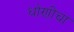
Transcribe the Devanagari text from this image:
धोणीचा